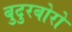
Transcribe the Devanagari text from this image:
बुदुरबोरो